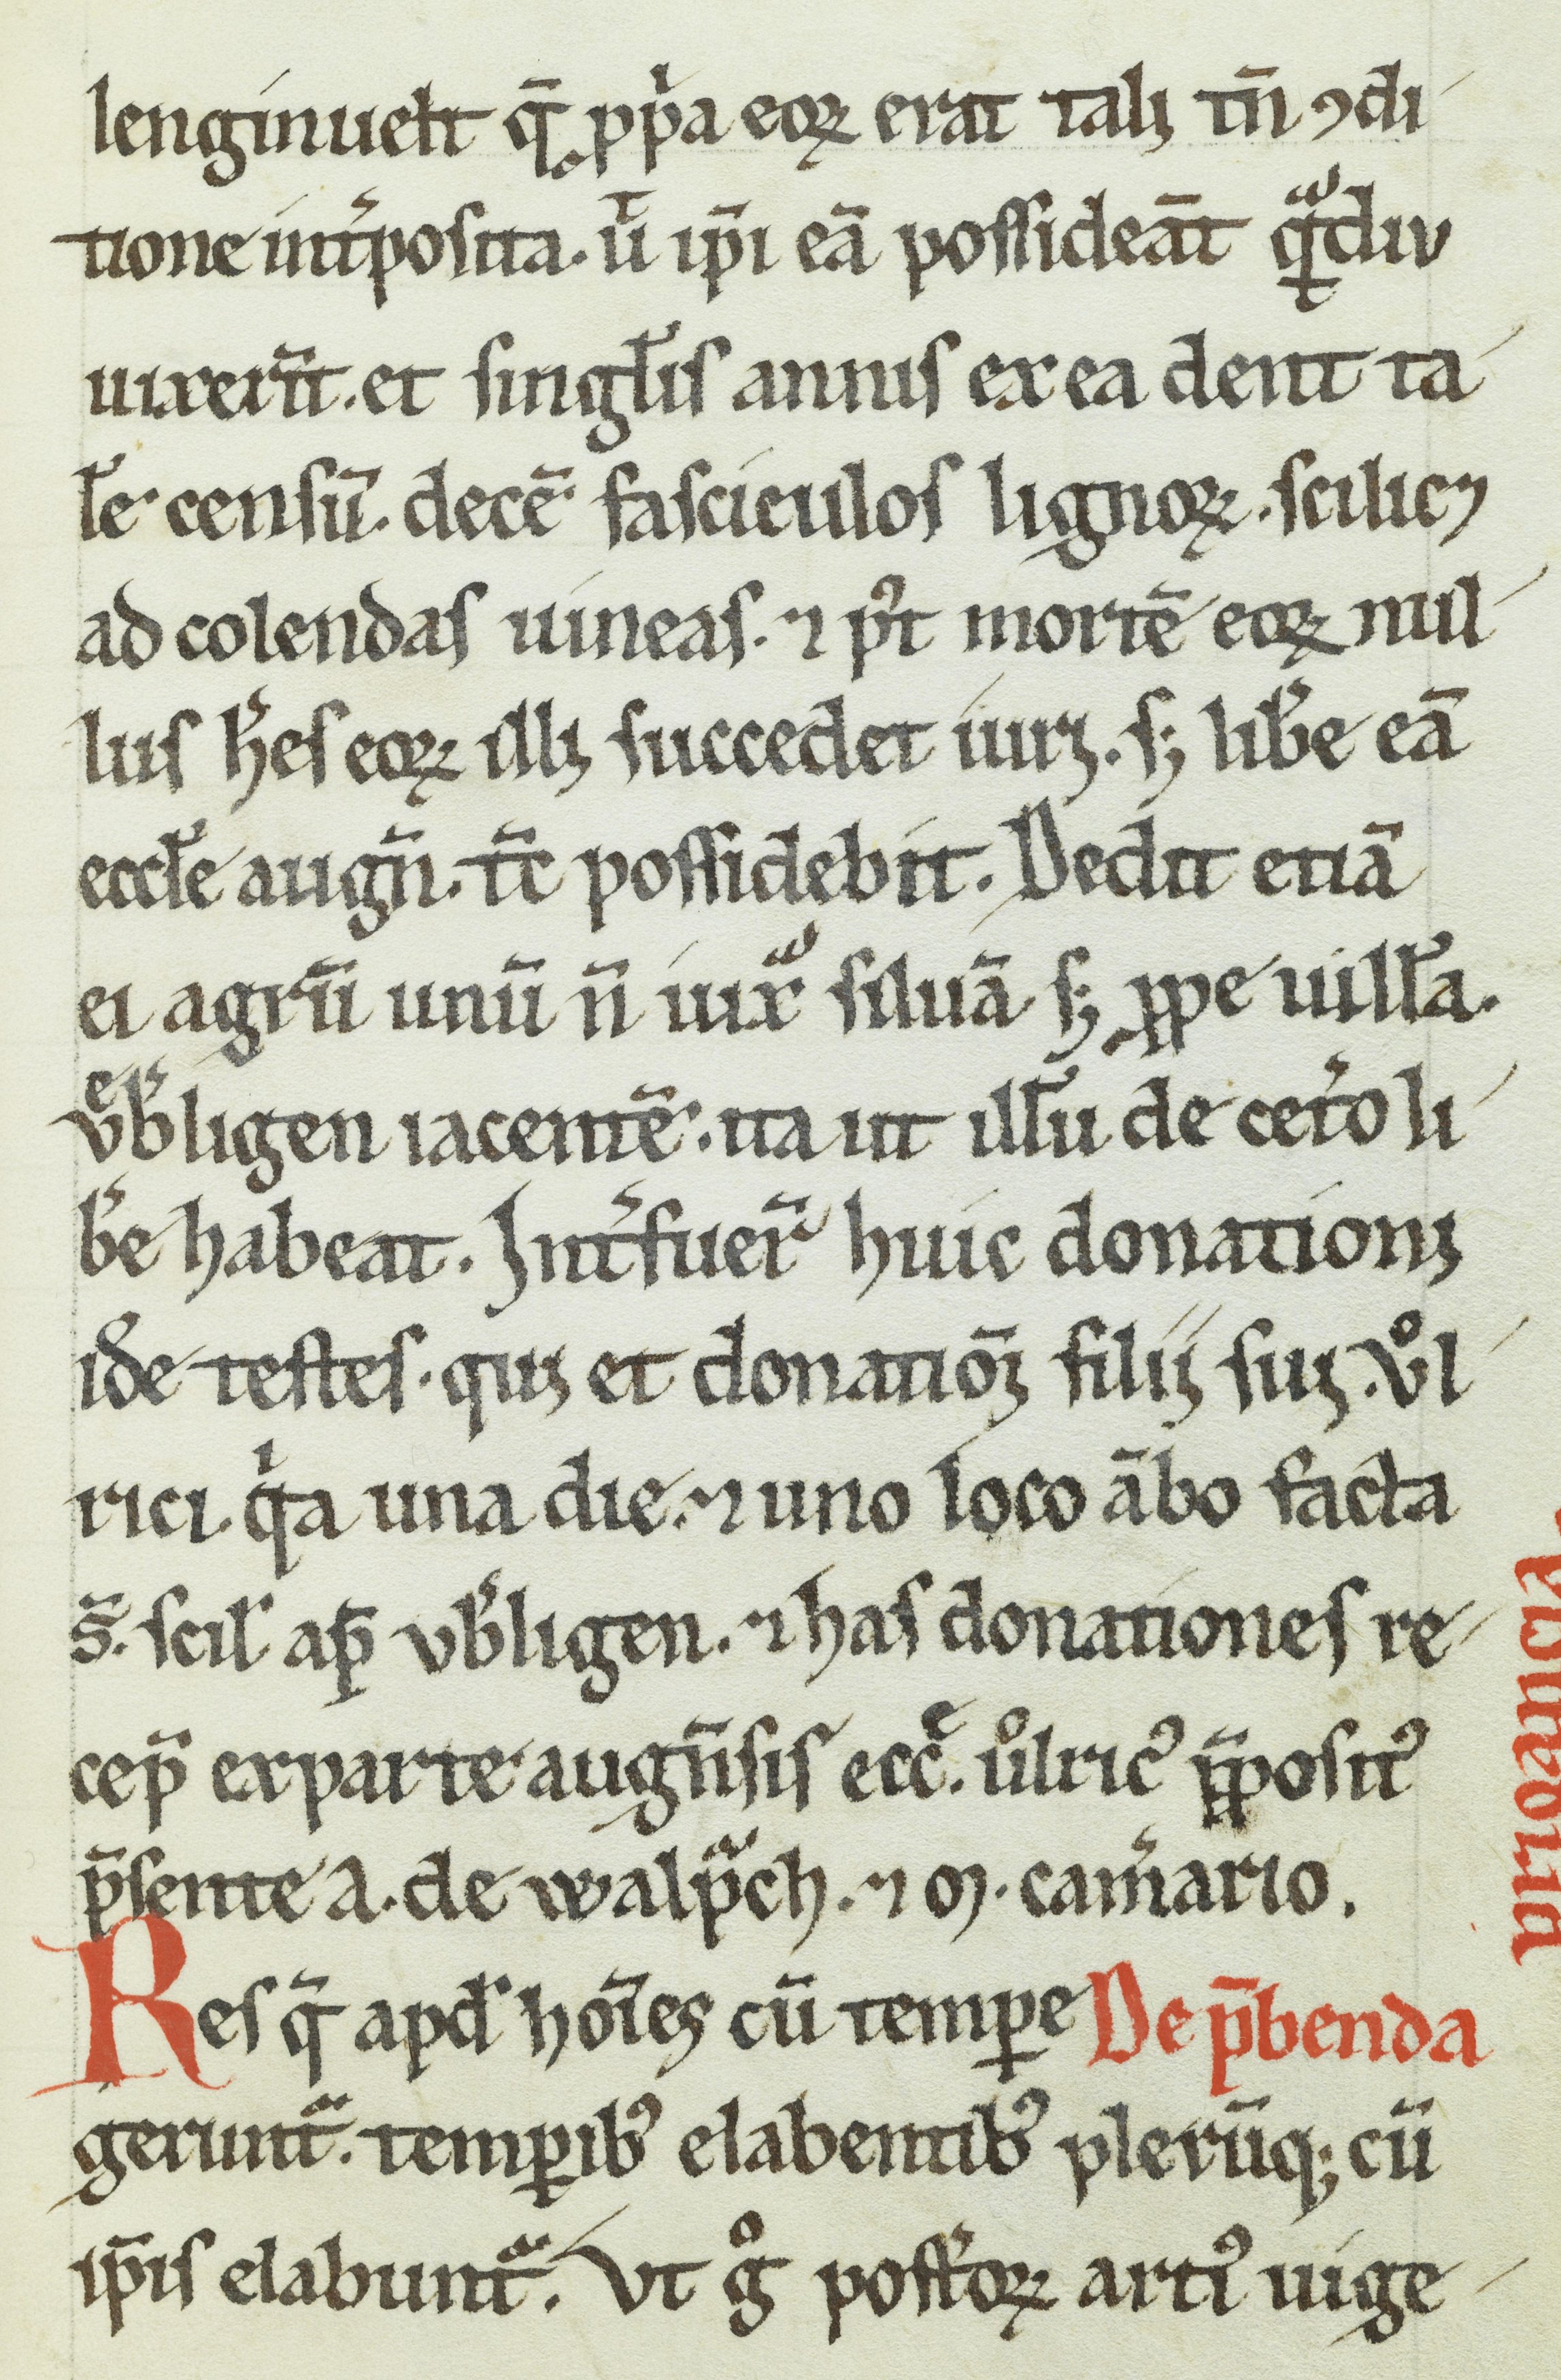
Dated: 1200–1399